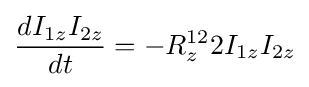
{d{I_{1z}I_{2z}} \over dt}=-R_{z}^{12}2I_{1z}I_{2z}